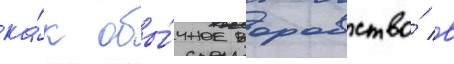
ка́к обы́чное воровство́ в